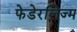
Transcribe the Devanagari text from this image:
फेडेरलिज्म